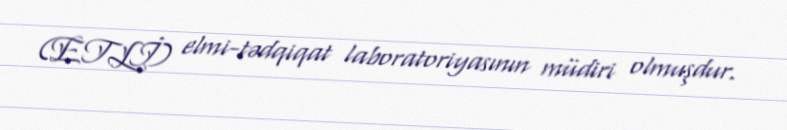
(ETLİ) elmi-tədqiqat laboratoriyasının müdiri olmuşdur.